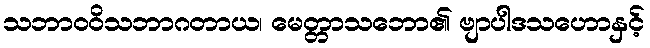
သဘာဝဝိသဘာဂတာယ၊ မေတ္တာသဘော၏ ဗျာပါဒသဟောနှင့်